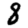
Digit: 8